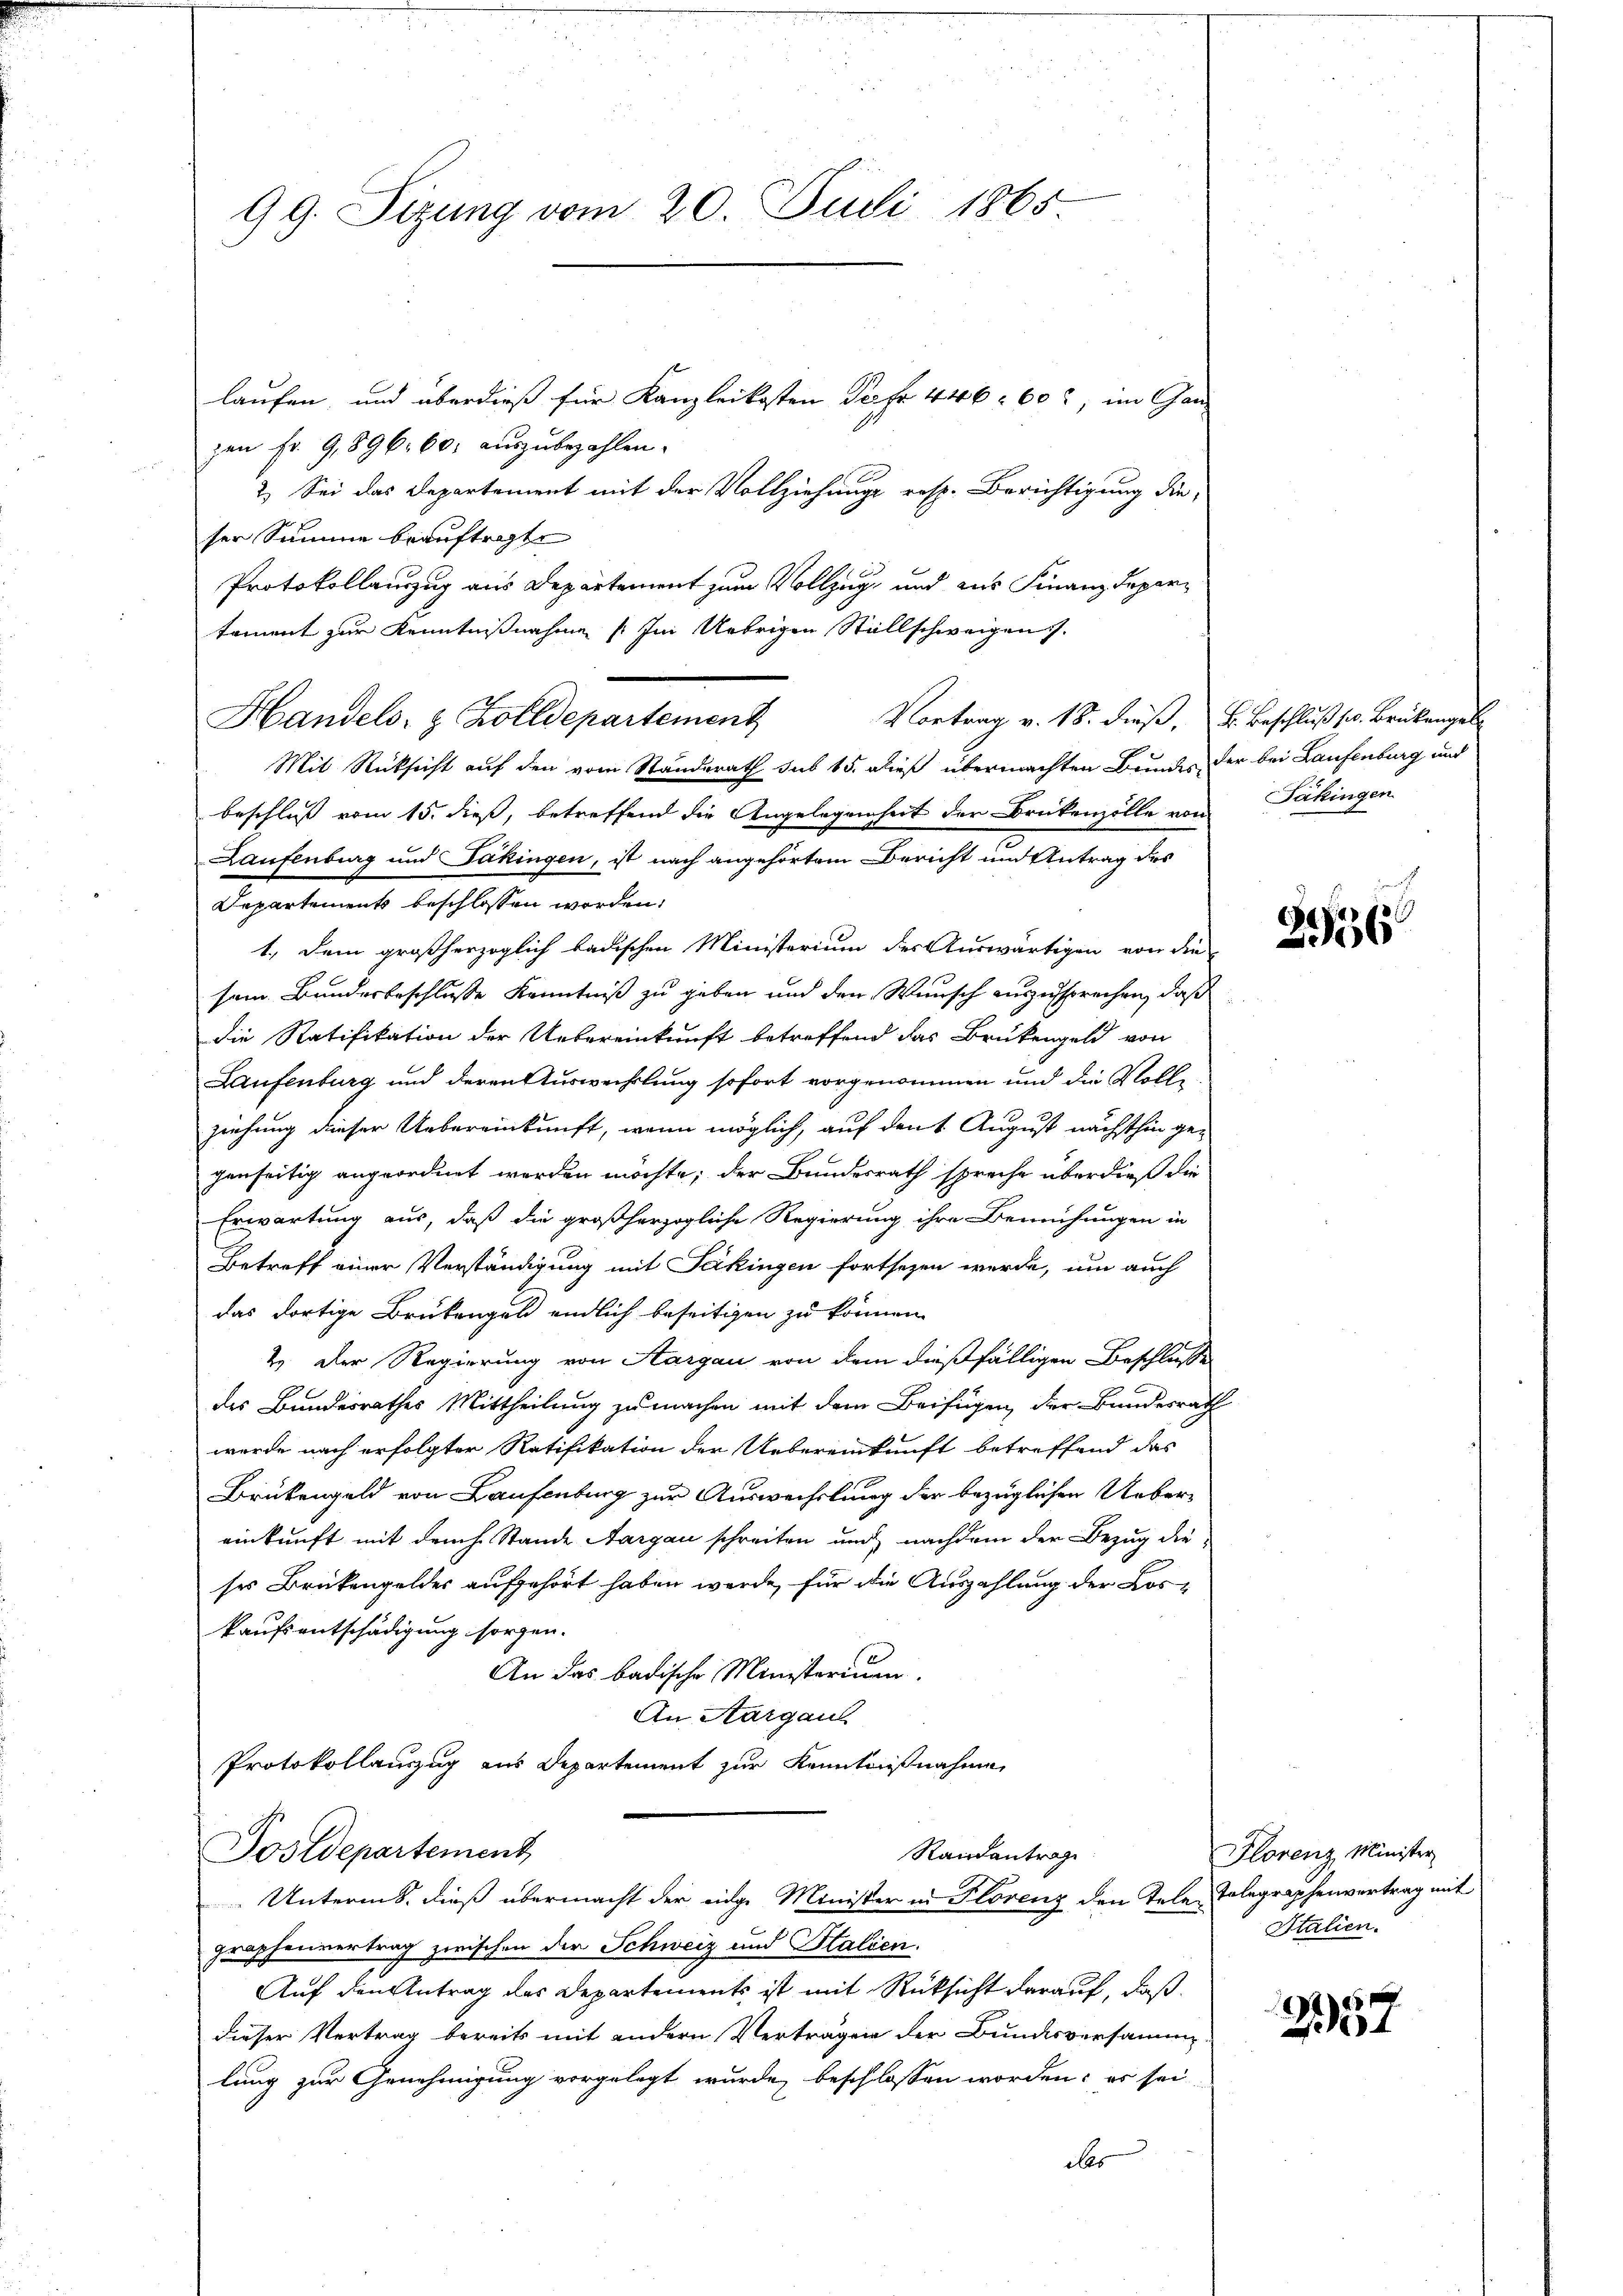
99. Sizung vom 20. Juli 1865

laufen, und überdieß für Kanzleikosten See fr. 446. 60, im Ganz
zen Fr. 9,896. 60. auszubezahlen.
2.) Sei das Departement mit der Vollziehung resp. Berichtigung die
ser Summe beauftragte
Protokollauszug aus Departement zum Vollzug, und aus Finanzdepartament zur Kenntnißnahme (Im Uebrigen Stillschweigen
Vortrag v. 18. dieß, B. Beschluß s. Brükengel
Handels- & Zolldepartement
Mit Rücksicht auf den vom Standerath sub 15. dieß übermachten Bundes der bei Laufenburg und
beschluss vom 15. dieß, betreffend die Angelegenheit der Brükenzolle von
Laufenburg und Säkingen, ist nach angehörtem Bericht und Antrag des
Departements beschlossen worden.
1.) Dem großherzoglich badischen Ministerium des Auswärtigen von die
sem Bundesbeschlusse Kenntniß zu geben und den Wunsch auszusprechen, daß
die Ratifikation der Uebereinkunft betreffend das Brükengeld von
Laufenburg und deren Auswechslung sofort vorgenommen und die Volle
zeihung dieser Uebereinkunft, wenn möglich, auf den 1. August nächsthin gegenseitig angeordnet worden möchte; der Bundesrath spreche überdieß die
Erwartung aus, daß die großherzogliche Regierung ihre Bemühungen in
Betreff einer Verständigung mit Jäkingen fortsezen werde, um auch
das dortige Brükengel endlich beseitigen zu können.
2. Der Regierung von Aargau von dem dießfälligen Beschlusse
des Bundesrathes Mittheilung zu machen mit dem Beifügen, der Bundesrath
wurde nach erfolgter Ratifikation der Uebereinkunft betreffend das
Brükengeld von Laufenburg zur Auswechslung der bezüglichen Uebereinkunft mit der h. Stande Aargau schreiten und nachdem der Bezug die
ses Brükengeldes aufgehört haben werde, für die Auszahlung der Loskaufsentschädigung sorgen.
An das badische Ministerium.
An Aargau
Protokollauszug aus Departement zur Kenntnißnahme
Postdepartement
Randantrag
Unterm 8. dieß übermacht der einge Minister in Florenz den Tele Telegraphenvertrag mit
graphenvertrag zwischen der Schweiz und Salien.
Auf den Antrag des Departements ist mit Rücksicht darauf, daß
dieser Vertrag bereits mit andern Vertragen der Bundesversammlung zur Genehmigung vorgelegt wurde, beschlossen worden, es sei
dles

Jäkingen

3956

Florenz Minister
Italien.

2357